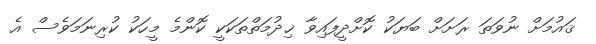
ޤައުމަށް ނުވަތަ ރަށަށް ބަޔަކު ކޮށްދީފައިވާ ޚިދުމަތްތަކަކީ ކޮންމެ މީހަކު ކުރިނަމަވެސް އެ